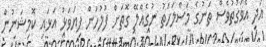
އަދި އެވަގުތުވެސް ތަނުގެ މަސްލަހަތު ނުގެއްލޭ ގޮތަށް ފުލުހުން ފިޔަވަޅު އަޅައި ކޮމިޝަނުން